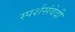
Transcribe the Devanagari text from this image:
स्पर्शसंवेदी